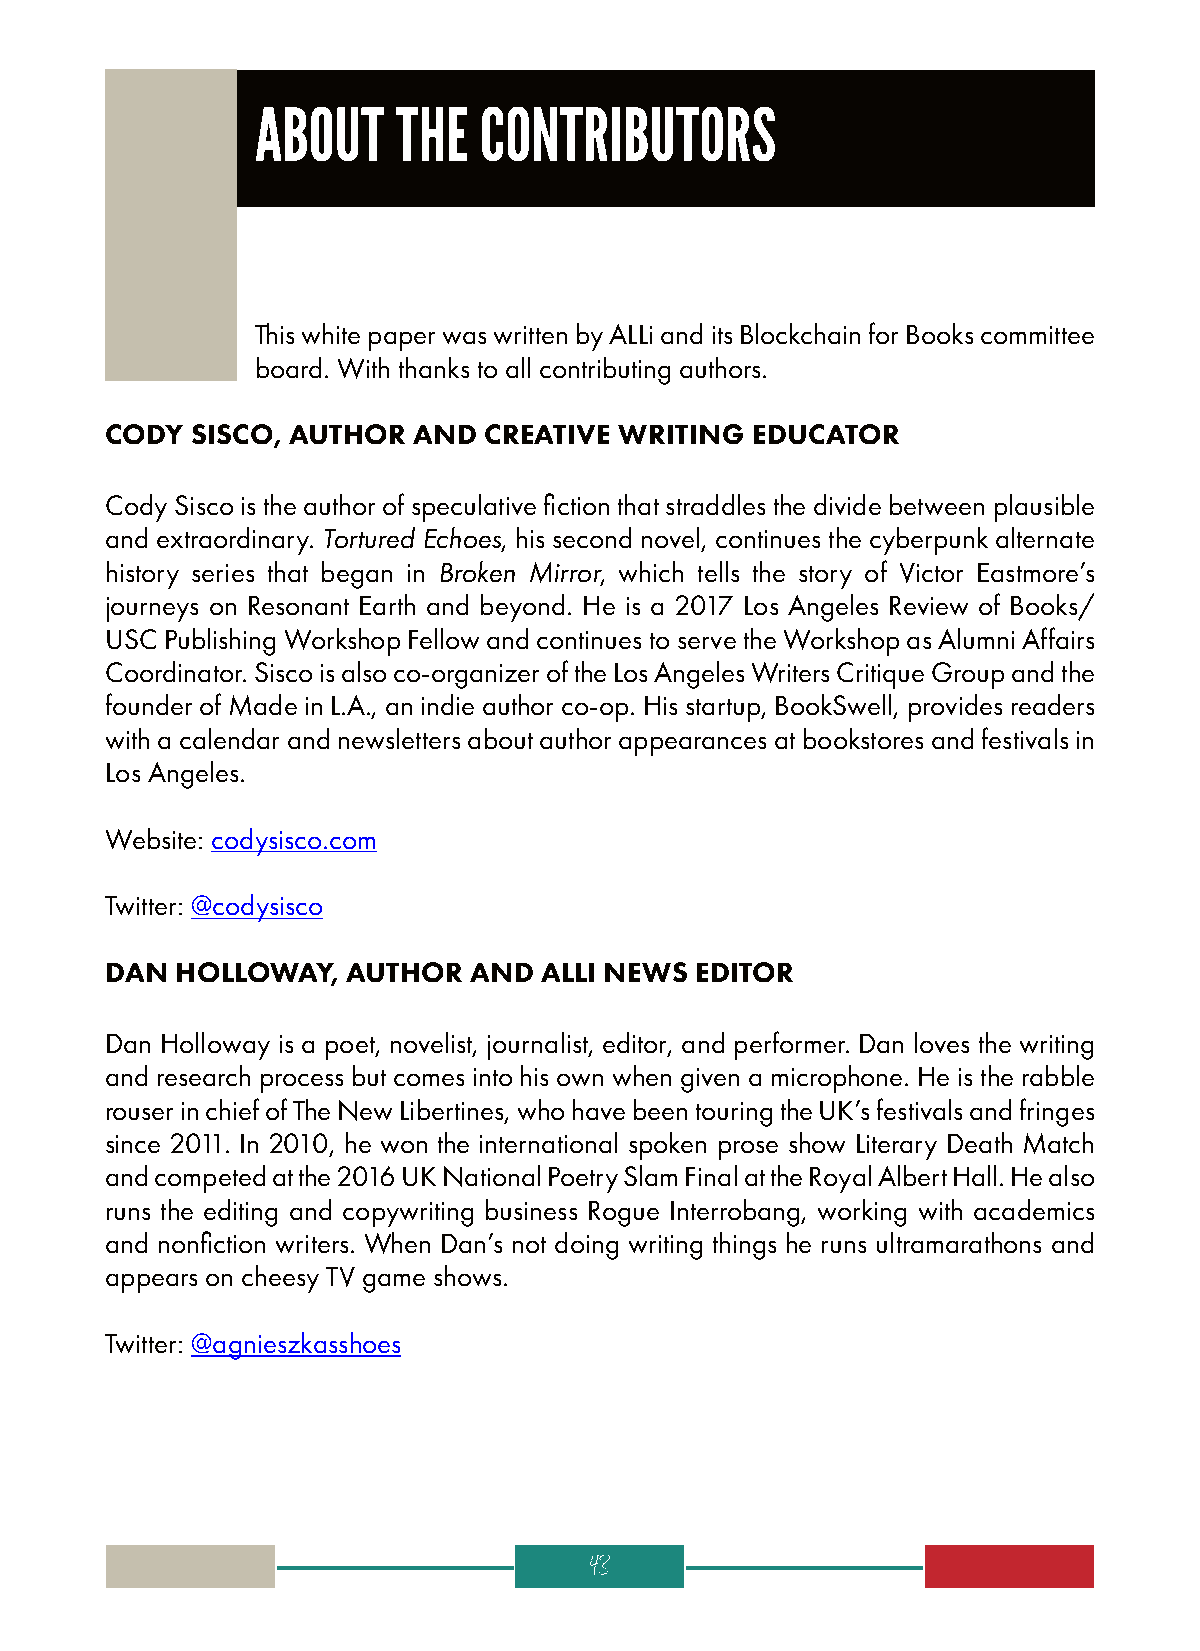
ABOUT    THE   CONTRIBUTORS
 This white paper was written by ALLi and its Blockchain for Books committee
 board. With thanks to all contributing authors.
 CODY  SISCO, AUTHOR AND  CREATIVE WRITING  EDUCATOR
 Cody Sisco is the author of speculative fiction that straddles the divide between plausible
 and extraordinary. Tortured Echoes, his second novel, continues the cyberpunk alternate
 history series that began in Broken Mirror, which tells the story of Victor Eastmore’s
 journeys on Resonant Earth and beyond. He is a 2017 Los Angeles Review of Books/
 USC Publishing Workshop Fellow and continues to serve the Workshop as Alumni Affairs
 Coordinator. Sisco is also co-organizer of the Los Angeles Writers Critique Group and the
 founder of Made in L.A., an indie author co-op. His startup, BookSwell, provides readers
 with a calendar and newsletters about author appearances at bookstores and festivals in
 Los Angeles.
 Website: codysisco.com
 Twitter: @codysisco
 DAN  HOLLOWAY,  AUTHOR  AND  ALLI NEWS EDITOR
 Dan Holloway is a poet, novelist, journalist, editor, and performer. Dan loves the writing
 and research process but comes into his own when given a microphone. He is the rabble
 rouser in chief of The New Libertines, who have been touring the UK’s festivals and fringes
 since 2011. In 2010, he won the international spoken prose show Literary Death Match
 and competed at the 2016 UK National Poetry Slam Final at the Royal Albert Hall. He also
 runs the editing and copywriting business Rogue Interrobang, working with academics
 and nonfiction writers. When Dan’s not doing writing things he runs ultramarathons and
 appears on cheesy TV game shows.
 Twitter: @agnieszkasshoes
 43